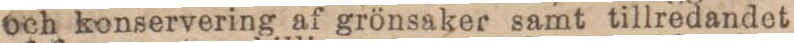
och konservering af grönsaker samt tillredandet